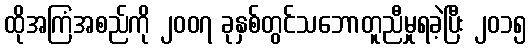
ထိုအကြံအစည်ကို ၂၀၀၇ ခုနှစ်တွင်သဘောတူညီမှုရခဲ့ပြီး ၂၀၁၅